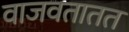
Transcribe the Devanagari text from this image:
वाजवतातत